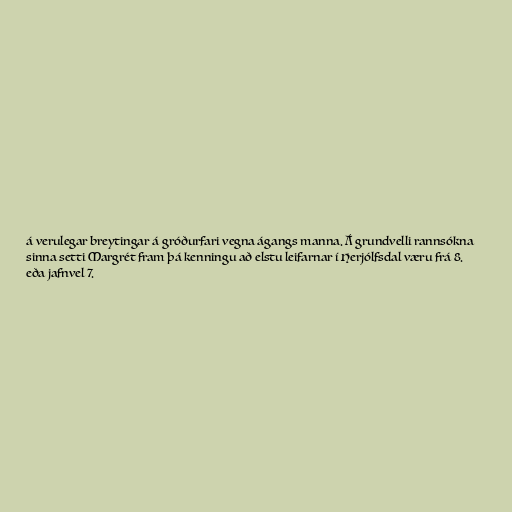
á verulegar breytingar á gróðurfari vegna ágangs manna. Á grundvelli rannsókna
sinna setti Margrét fram þá kenningu að elstu leifarnar í Herjólfsdal væru frá 8.
eða jafnvel 7.